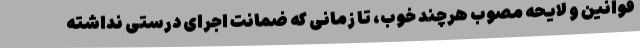
قوانین و لایحه مصوب هرچند خوب، تا زمانی که ضمانت اجرای درستی نداشته